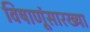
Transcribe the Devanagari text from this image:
विषाणूंसारख्या